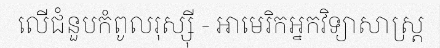
លើជំនួបកំពូលរុស្ស៊ី - អាមេរិកអ្នកវិទ្យាសាស្ត្រ